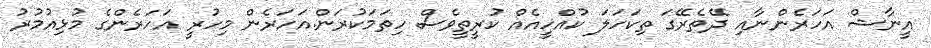
އީނާޝް އަހަރެންނާއި ދޭތެރޭގަ ތިކަހަލަ ކުއްހީއެއް ކުރީތީވެސް ހިތަމަކުރަން.އަހަރެން މިހުރީ އަހަރެންގެ މުޅިއުމުރު